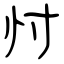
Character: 忖